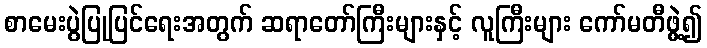
စာမေးပွဲပြုပြင်ရေးအတွက် ဆရာတော်ကြီးများနှင့် လူကြီးများ ကော်မတီဖွဲ့၍